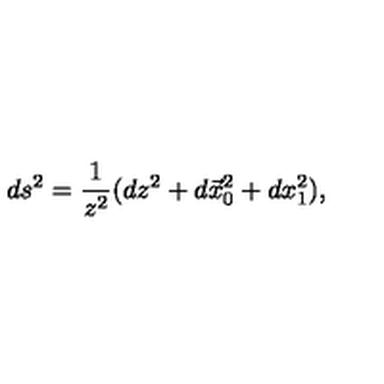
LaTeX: d s ^ { 2 } = { \frac { 1 } { z ^ { 2 } } } ( d z ^ { 2 } + d \vec { x } _ { 0 } ^ { 2 } + d x _ { 1 } ^ { 2 } ) ,